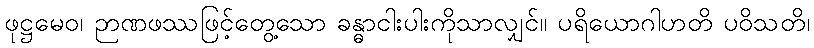
ဖုဋ္ဌမေဝ၊ ဉာဏဖဿဖြင့်တွေ့သော ခန္ဓာငါးပါးကိုသာလျှင်။ ပရိယောဂါဟတိ ပဝိသတိ၊